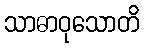
သာဓာဝုသောတိ